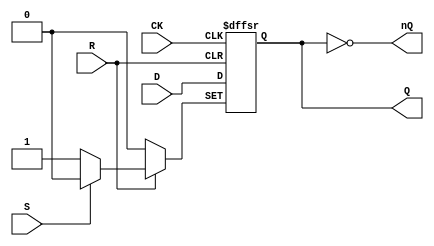
module FDPCell(
	input CK,
	input D,
	input S, R,
	output reg Q = 1'b0,
	output nQ
);

	always @(posedge CK, negedge S, negedge R)
	begin
		if (!S)
			Q <= 1'b1;
		else if (!R)
			Q <= 1'b0;
		else
			Q <= #1 D;
	end
	
	assign nQ = ~Q;

endmodule